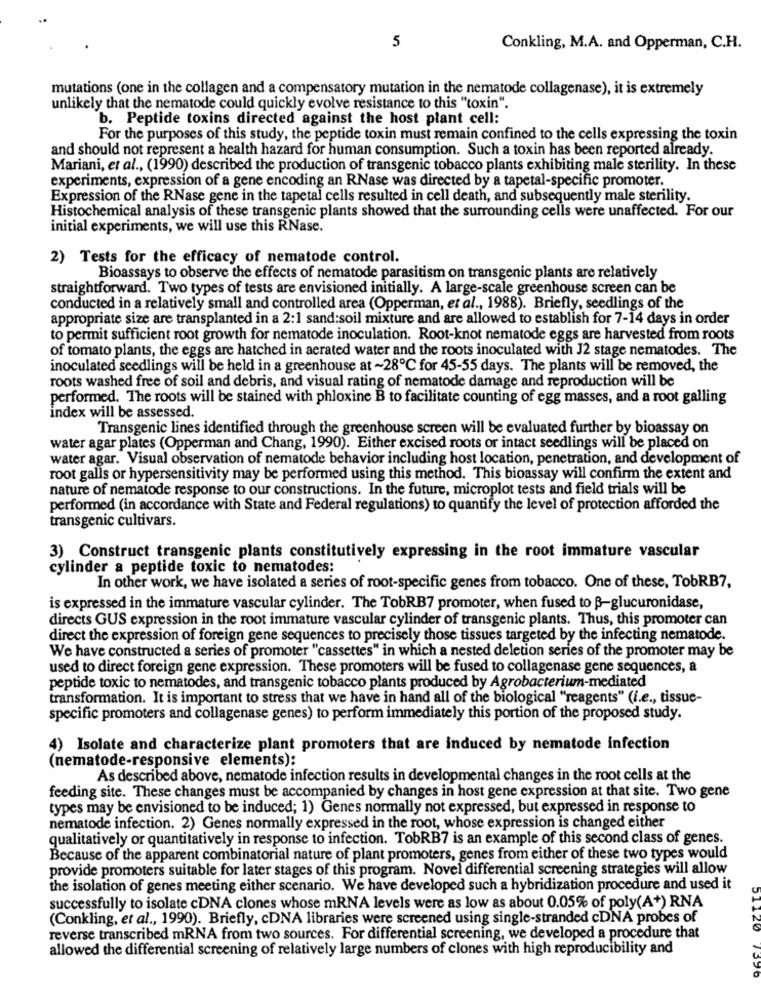
5
Conkling, M.A. and Opperman, C.H.
mutations (one in the collagen and a compensatory mutation in the nematode collagenase), it is extremely
unlikely that the nematode could quickly evolve resistance to this "toxin".
b. Peptide toxins directed against the host plant cell:
For the purposes of this study, the peptide toxin must remain confined to the cells expressing the toxin
and should not represent a health hazard for human consumption. Such a toxin has been reported already.
Mariani, et al ., (1990) described the production of transgenic tobacco plants exhibiting male sterility. In these
experiments, expression of a gene encoding an RNase was directed by a tapetal-specific promoter.
Expression of the RNase gene in the tapetal cells resulted in cell death, and subsequently male sterility.
Histochemical analysis of these transgenic plants showed that the surrounding cells were unaffected. For our
initial experiments, we will use this RNase.
2) Tests for the efficacy of nematode control.
Bioassays to observe the effects of nematode parasitism on transgenic plants are relatively
straightforward. Two types of tests are envisioned initially. A large-scale greenhouse screen can be
conducted in a relatively small and controlled area (Opperman, et al ., 1988). Briefly, seedlings of the
appropriate size are transplanted in a 2:1 sand:soil mixture and are allowed to establish for 7-14 days in order
to permit sufficient root growth for nematode inoculation. Root-knot nematode eggs are harvested from roots
of tomato plants, the eggs are hatched in aerated water and the roots inoculated with J2 stage nematodes. The
inoculated seedlings will be held in a greenhouse at ~28℃ for 45-55 days. The plants will be removed, the
roots washed free of soil and debris, and visual rating of nematode damage and reproduction will be
performed. The roots will be stained with phloxine B to facilitate counting of egg masses, and a root galling
index will be assessed.
Transgenic lines identified through the greenhouse screen will be evaluated further by bioassay on
water agar plates (Opperman and Chang, 1990). Either excised roots or intact seedlings will be placed on
water agar. Visual observation of nematode behavior including host location, penetration, and development of
root galls or hypersensitivity may be performed using this method. This bioassay will confirm the extent and
nature of nematode response to our constructions. In the future, microplot tests and field trials will be
performed (in accordance with State and Federal regulations) to quantify the level of protection afforded the
transgenic cultivars.
3) Construct transgenic plants constitutively expressing in the root immature vascular
cylinder a peptide toxic to nematodes:
In other work, we have isolated a series of root-specific genes from tobacco. One of these, TobRB7,
is expressed in the immature vascular cylinder. The TobRB7 promoter, when fused to B-glucuronidase,
directs GUS expression in the root immature vascular cylinder of transgenic plants. Thus, this promoter can
direct the expression of foreign gene sequences to precisely those tissues targeted by the infecting nematode.
We have constructed a series of promoter "cassettes" in which a nested deletion series of the promoter may be
used to direct foreign gene expression. These promoters will be fused to collagenase gene sequences, a
peptide toxic to nematodes, and transgenic tobacco plants produced by Agrobacterium-mediated
transformation. It is important to stress that we have in hand all of the biological "reagents" (i.e ., tissue-
specific promoters and collagenase genes) to perform immediately this portion of the proposed study.
4) Isolate and characterize plant promoters that are induced by nematode infection
(nematode-responsive elements):
As described above, nematode infection results in developmental changes in the root cells at the
feeding site. These changes must be accompanied by changes in host gene expression at that site. Two gene
types may be envisioned to be induced; 1) Genes normally not expressed, but expressed in response to
nematode infection. 2) Genes normally expressed in the root, whose expression is changed either
qualitatively or quantitatively in response to infection. TobRB7 is an example of this second class of genes.
Because of the apparent combinatorial nature of plant promoters, genes from either of these two types would
provide promoters suitable for later stages of this program. Novel differential screening strategies will allow
the isolation of genes meeting either scenario. We have developed such a hybridization procedure and used it
successfully to isolate cDNA clones whose mRNA levels were as low as about 0.05% of poly(A+) RNA
(Conkling, et al ., 1990). Briefly, cDNA libraries were screened using single-stranded cDNA probes of
120
reverse transcribed mRNA from two sources. For differential screening, we developed a procedure that
allowed the differential screening of relatively large numbers of clones with high reproducibility and